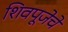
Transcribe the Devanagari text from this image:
शिवपूजेचे